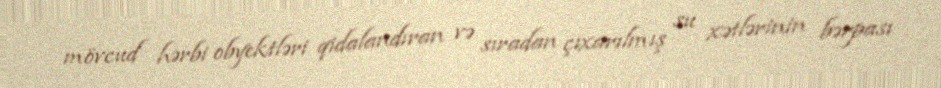
mövcud hərbi obyektləri qidalandıran və sıradan çıxarılmış su xətlərinin bərpası